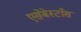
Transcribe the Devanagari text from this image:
एसेबेस्टाँस